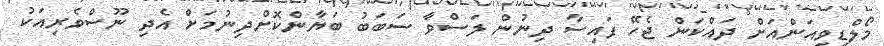
މޯލްޑިވިއަންއަށް ދައްކަން ޖެހޭ ފައިސާ ދިނުން ލަސްވާ ސަބަބު ބަޔާންކޮށްދިނުމަށް އެދި ނޫސްވެރިއަކު